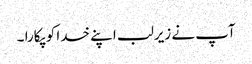
آپ نے زیرلب اپنے خدا کو پکارا ۔